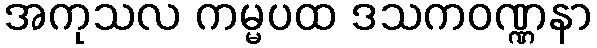
အကုသလ ကမ္မပထ ဒသကဝဏ္ဏနာ